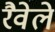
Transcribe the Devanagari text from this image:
रैवेले